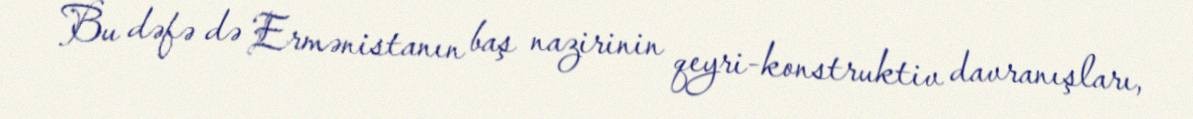
Bu dəfə də Ermənistanın baş nazirinin qeyri-konstruktiv davranışları,